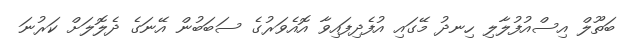
ބަތޫލް އިސްއުފުލާލި ހިނދު މޭގައި އުފެދިފައިވާ އޮއެވަރުގެ ސަބަބުން އޭނަގެ ދެލޮލަށް ކަރުނަ